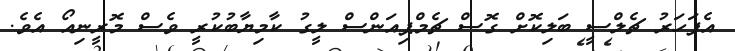
އެފަހަރު ޗެލްސީ ބަލިކޮށް ގޮސް ޗެމްޕިއަންސް ލީގު ކާމިޔާބުކުރީ ވެސް މޮރީނިއޯ އެވެ.